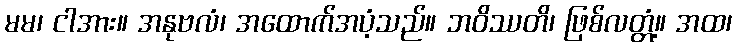
မမ၊ ငါအား။ အနုဗလံ၊ အထောက်အပံ့သည်။ ဘဝိဿတိ၊ ဖြစ်လတ္တံ့။ အထ၊